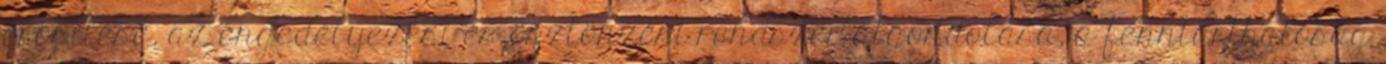
erősítése, az engedélyezési és ösztönzési rendszer átgondolása, a fenntarthatóság